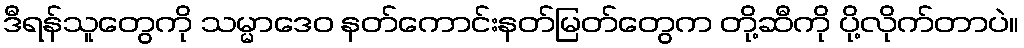
ဒီရန်သူတွေကို သမ္မာဒေဝ နတ်ကောင်းနတ်မြတ်တွေက တို့ဆီကို ပို့လိုက်တာပဲ။